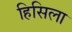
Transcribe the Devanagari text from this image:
हिसिला